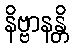
နိဗ္ဗာနန္တိ